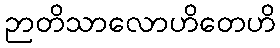
ဉာတိသာလောဟိတေဟိ